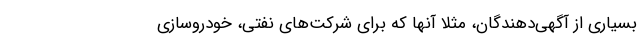
بسیاری از آگهی‌دهندگان، مثلا آنها که برای شرکت‌های نفتی، خودروسازی